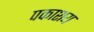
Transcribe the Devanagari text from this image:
पकाशय